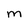
Character: M